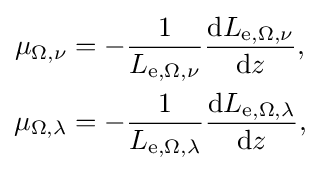
{\begin{aligned}\mu _{\Omega ,\nu }&=-{\frac {1}{L_{\mathrm {e} ,\Omega ,\nu }}}{\frac {\mathrm {d} L_{\mathrm {e} ,\Omega ,\nu }}{\mathrm {d} z}},\\\mu _{\Omega ,\lambda }&=-{\frac {1}{L_{\mathrm {e} ,\Omega ,\lambda }}}{\frac {\mathrm {d} L_{\mathrm {e} ,\Omega ,\lambda }}{\mathrm {d} z}},\end{aligned}}